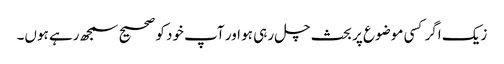
زیک اگر کسی موضوع پر بحث چل رہی ہو اور آپ خود کو صحیح سمجھ رہے ہوں۔